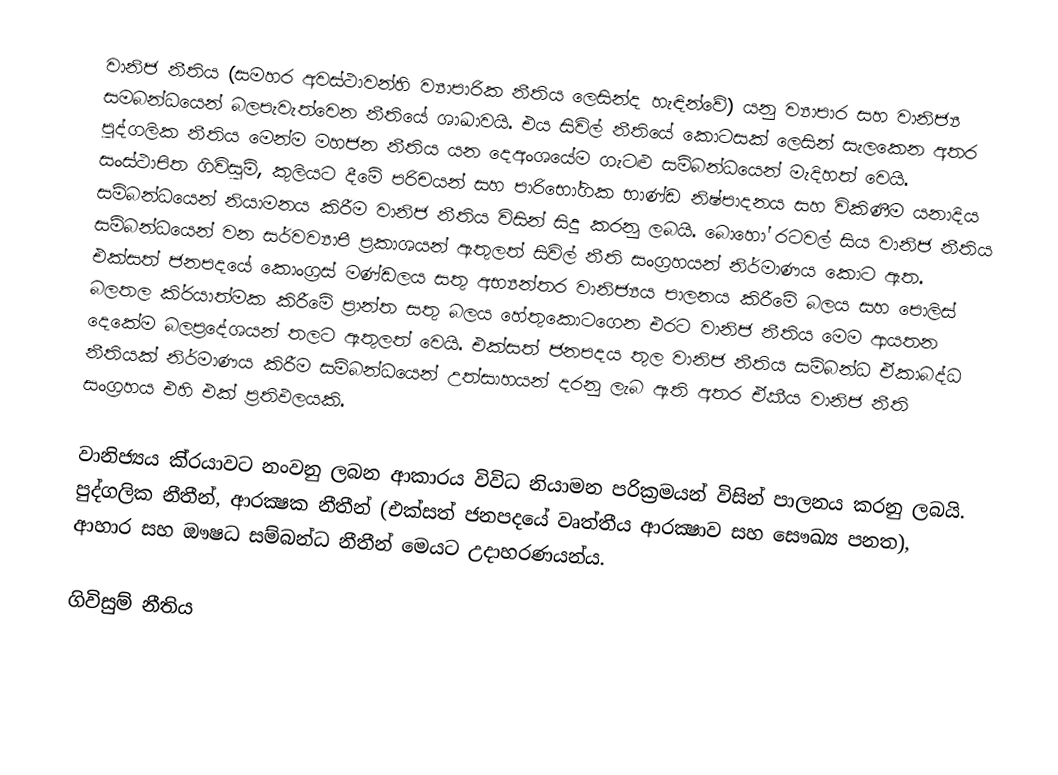
වානිජ නීතිය (සමහර අවස්ථාවන්හි ව්‍යාපාරික නීතිය ලෙසින්ද හැඳින්වේ) යනු ව්‍යාපාර සහ වානිජ්‍ය සමබන්ධයෙන් බලපැවැත්වෙන නීතියේ ශාඛාවයි. එය සිවිල් නීතියේ කොටසක් ලෙසින් සැලකෙන අතර පුද්ගලික නීතිය මෙන්ම මහජන නීතිය යන දෙඅංශයේම ගැටළු සම්බන්ධයෙන් මැදිහත් වෙයි. සංස්ථාපිත ගිවිසුම්, කුලියට දීමේ පරිචයන් සහ පාරිභෝගික භාණ්ඩ නිෂ්පාදනය සහ විකිණීම යනාදිය සම්බන්ධයෙන් නියාමනය කිරීම වානිජ නීතිය විසින් සිදු කරනු ලබයි. බොහෝ රටවල් සිය වානිජ නීතිය සම්බන්ධයෙන් වන සර්වව්‍යාපී ප‍්‍රකාශයන් ඇතුලත් සිවිල් නීති සංග‍්‍රහයන් නිර්මාණය කොට ඇත. එක්සත් ජනපදයේ කොංග‍්‍රස් මණ්ඩලය සතු අභ්‍යන්තර වානිජ්‍යය පාලනය කිරීමේ බලය සහ පොලිස් බලතල කි‍්‍රයාත්මක කිරීමේ ප‍්‍රාන්ත සතු බලය හේතුකොටගෙන එරට වානිජ නීතිය මෙම ආයතන දෙකේම බලප‍්‍රදේශයන් තලට ඇතුලත් වෙයි. එක්සත් ජනපදය තුල වානිජ නීතිය සම්බන්ධ ඒකාබද්ධ නීතියක් නිර්මාණය කිරීම සම්බන්ධයෙන් උත්සාහයන් දරනු ලැබ ඇති අතර ඒකීය වානිජ නීති සංග‍්‍රහය එහි එක් ප‍්‍රතිඵලයකි.

වානිජ්‍යය කි‍්‍රයාවට නංවනු ලබන ආකාරය විවිධ නියාමන පරික‍්‍රමයන් විසින් පාලනය කරනු ලබයි. පුද්ගලික නීතීන්, ආරක්‍ෂක නීතීන් (එක්සත් ජනපදයේ වෘත්තීය ආරක්‍ෂාව සහ සෞඛ්‍ය පනත), ආහාර සහ ඖෂධ සම්බන්ධ නීතීන් මෙයට උදාහරණයන්ය.

ගිවිසුම් නීතිය